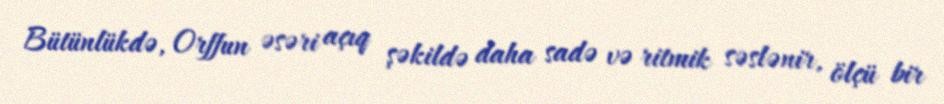
Bütünlükdə, Orffun əsəri açıq şəkildə daha sadə və ritmik səslənir, ölçü bir